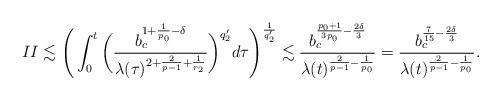
LaTeX: \begin{align*}II\lesssim \Bigg{(}\int_0^t\bigg{(}\frac{b_c^{1+\frac{1}{p_0}-\delta}}{\lambda(\tau)^{2+\frac{2}{p-1}+\frac{1}{r_2}}}\bigg{)}^{q_2'}d\tau\Bigg{)}^{\frac{1}{q_2'}}\lesssim \frac{b_c^{\frac{p_0+1}{3p_0}-\frac{2\delta}{3}}}{\lambda(t)^{\frac{2}{p-1}-\frac{1}{p_0}}}= \frac{b_c^{\frac{7}{15}-\frac{2\delta}{3}}}{\lambda(t)^{\frac{2}{p-1}-\frac{1}{p_0}}}.\end{align*}